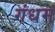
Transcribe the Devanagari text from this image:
गंधम